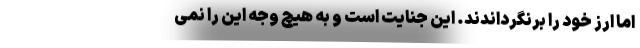
اما ارز خود را برنگرداندند. این جنایت است و به هیچ وجه این را نمی